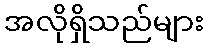
အလိုရှိသည်များ